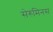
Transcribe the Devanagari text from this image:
सेरुमिनस